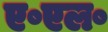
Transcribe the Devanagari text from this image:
ए॰एल॰